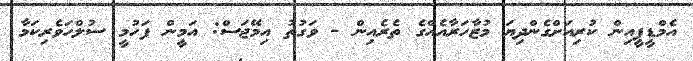
އެމްޑީޕީއިން ކުރިއަށްގެންދިޔަ މުޒާހަރާއެއްގެ ތެރެއިން - ވަގުތު އިމޭޖަސް: އަމީން ފަހުމީ ސުލްހަވެރިކަމާ